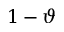
1 - \vartheta